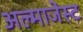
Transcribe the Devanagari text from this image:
अल्माजेस्ट